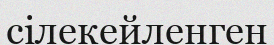
сілекейленген